Lunatic asylums Punjab 1895-1910 - 1895-1910
Year: 1895
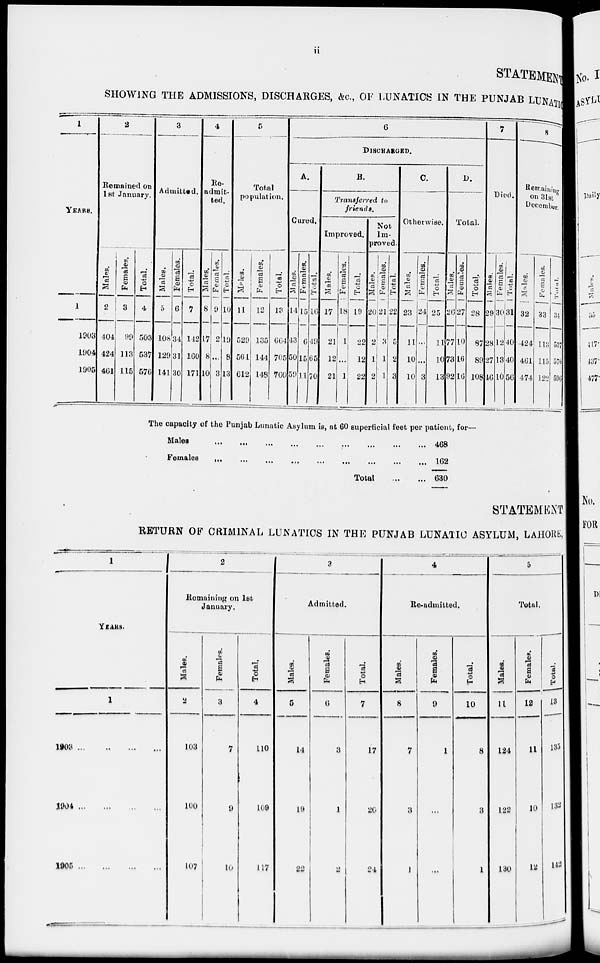
STATEMENT
SHOWING THE ADMISSIONS, DISCHARGES, &c., OF LUNATICS IN THE PUNJAB LUNATIC
1
YEARS.
1
1903
1904
1905
2
Remained on
1st January.
Males.
2
404
424
461
Females.
3
99
113
115
Total.
4
503
537
576
3
Admitted.
Males.
5
108
129
141
Females.
6
34
31
30
Total.
7
142
160
171
4
Re-
admit-
ted.
Males.
8
17
8
10
Females.
9
2
...
3
Total.
10
19
8
13
5
Total
population.
Males.
11
529
561
612
Females.
12
135
144
148
Total.
13
664
705
760
6
DISCHARGED.
A.
Cured.
Males.
14
43
50
59
Females.
15
6
15
11
Total.
16
49
65
70
B.
Transferred to
friends.
Improved.
Males.
17
21
12
21
Females.
18
1
...
1
Total.
19
22
12
22
Not
Im-
proved.
Males.
20
2
1
2
Females.
21
3
1
1
Total.
22
5
2
3
C.
Otherwise.
Males.
23
11
10
10
Females.
24
...
...
3
Total.
25
11
10
13
D.
Total.
Males.
26
77
73
92
Females.
27
10
16
16
Total.
28
87
89
108
7
Died.
Males.
29
28
27
46
Females.
30
12
13
10
Total.
31
40
40
56
8
Remaining
on 31st
December.
Males.
32
424
461
474
Females.
33
113
115
122
Total.
34
537
576
596
The capacity of the Punjab Lunatic Asylum is, at 60 superficial feet per patient, for—
Males ... ... ... ... ... ... ... ... ...
Females ... ... ... ... ... ... ... ... ...
Total ... ...
468
162
630
STATEMENT
RETURN OF CRIMINAL LUNATICS IN THE PUNJAB LUNATIC ASYLUM, LAHORE,
1
YEARS.
1
1903
...
...
...
...
1904 ... ... ... ...
1905 ... ... ... ...
2
Remaining on 1st
January.
Males.
2
103
100
107
Females.
3
7
9
10
Total.
4
110
109
117
3
Admitted.
Males.
5
14
19
22
Females.
6
3
1
2
Total.
7
17
20
24
4
Re-admitted.
Males.
8
7
3
1
Females.
9
1
...
...
Total.
10
8
3
1
5
Total.
Males.
11
124
122
130
Females.
12
11
10
12
Total.
13
135
132
142